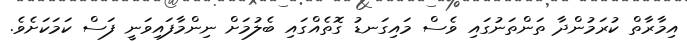
އިމާރާތް ކުރަމުންދާ ތަންތަނުގައި ވެސް މައިގަނޑު ގޮތެއްގައި ބެލުމަށް ނިންމާފައިވަނީ ފަސް ކަމަކަށެވެ.